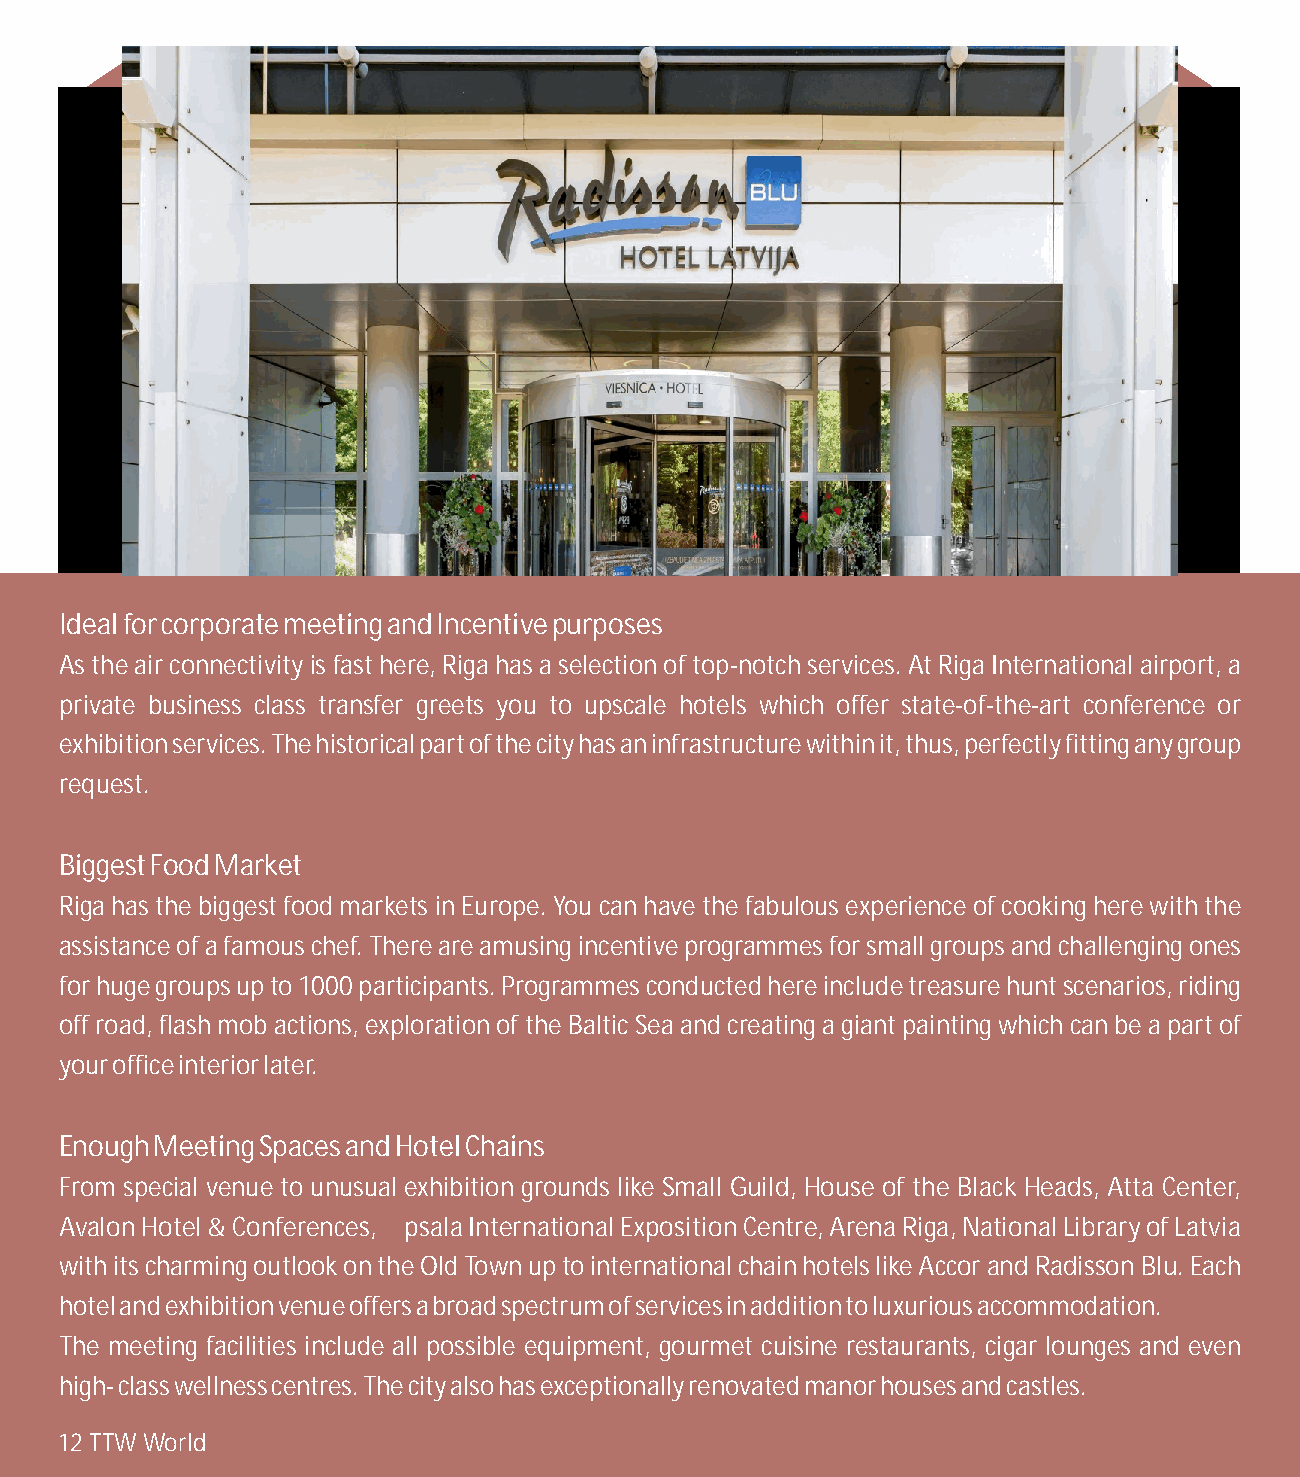
Ideal for corporate meeting and Incentive purposes
 As the air connectivity is fast here, Riga has a selection of top-notch services. At Riga International airport, a
 private business class transfer greets you to upscale hotels which offer state-of-the-art conference or
 exhibition services. The historical part of the city has an infrastructure within it, thus, perfectly fitting any group
 request.
 Biggest Food Market
 Riga has the biggest food markets in Europe. You can have the fabulous experience of cooking here with the
 assistance of a famous chef. There are amusing incentive programmes for small groups and challenging ones
 for huge groups up to 1000 participants. Programmes conducted here include treasure hunt scenarios, riding
 off road, flash mob actions, exploration of the Baltic Sea and creating a giant painting which can be a part of
 your office interior later.
 Enough Meeting Spaces and Hotel Chains
 From special venue to unusual exhibition grounds like Small Guild, House of the Black Heads, Atta Center,
 Avalon Hotel & Conferences, Ķīpsala International Exposition Centre, Arena Riga, National Library of Latvia
 with its charming outlook on the Old Town up to international chain hotels like Accor and Radisson Blu. Each
 hotel and exhibition venue offers a broad spectrum of services in addition to luxurious accommodation.
 The meeting facilities include all possible equipment, gourmet cuisine restaurants, cigar lounges and even
 high- class wellness centres. The city also has exceptionally renovated manor houses and castles.
 12 TTW World